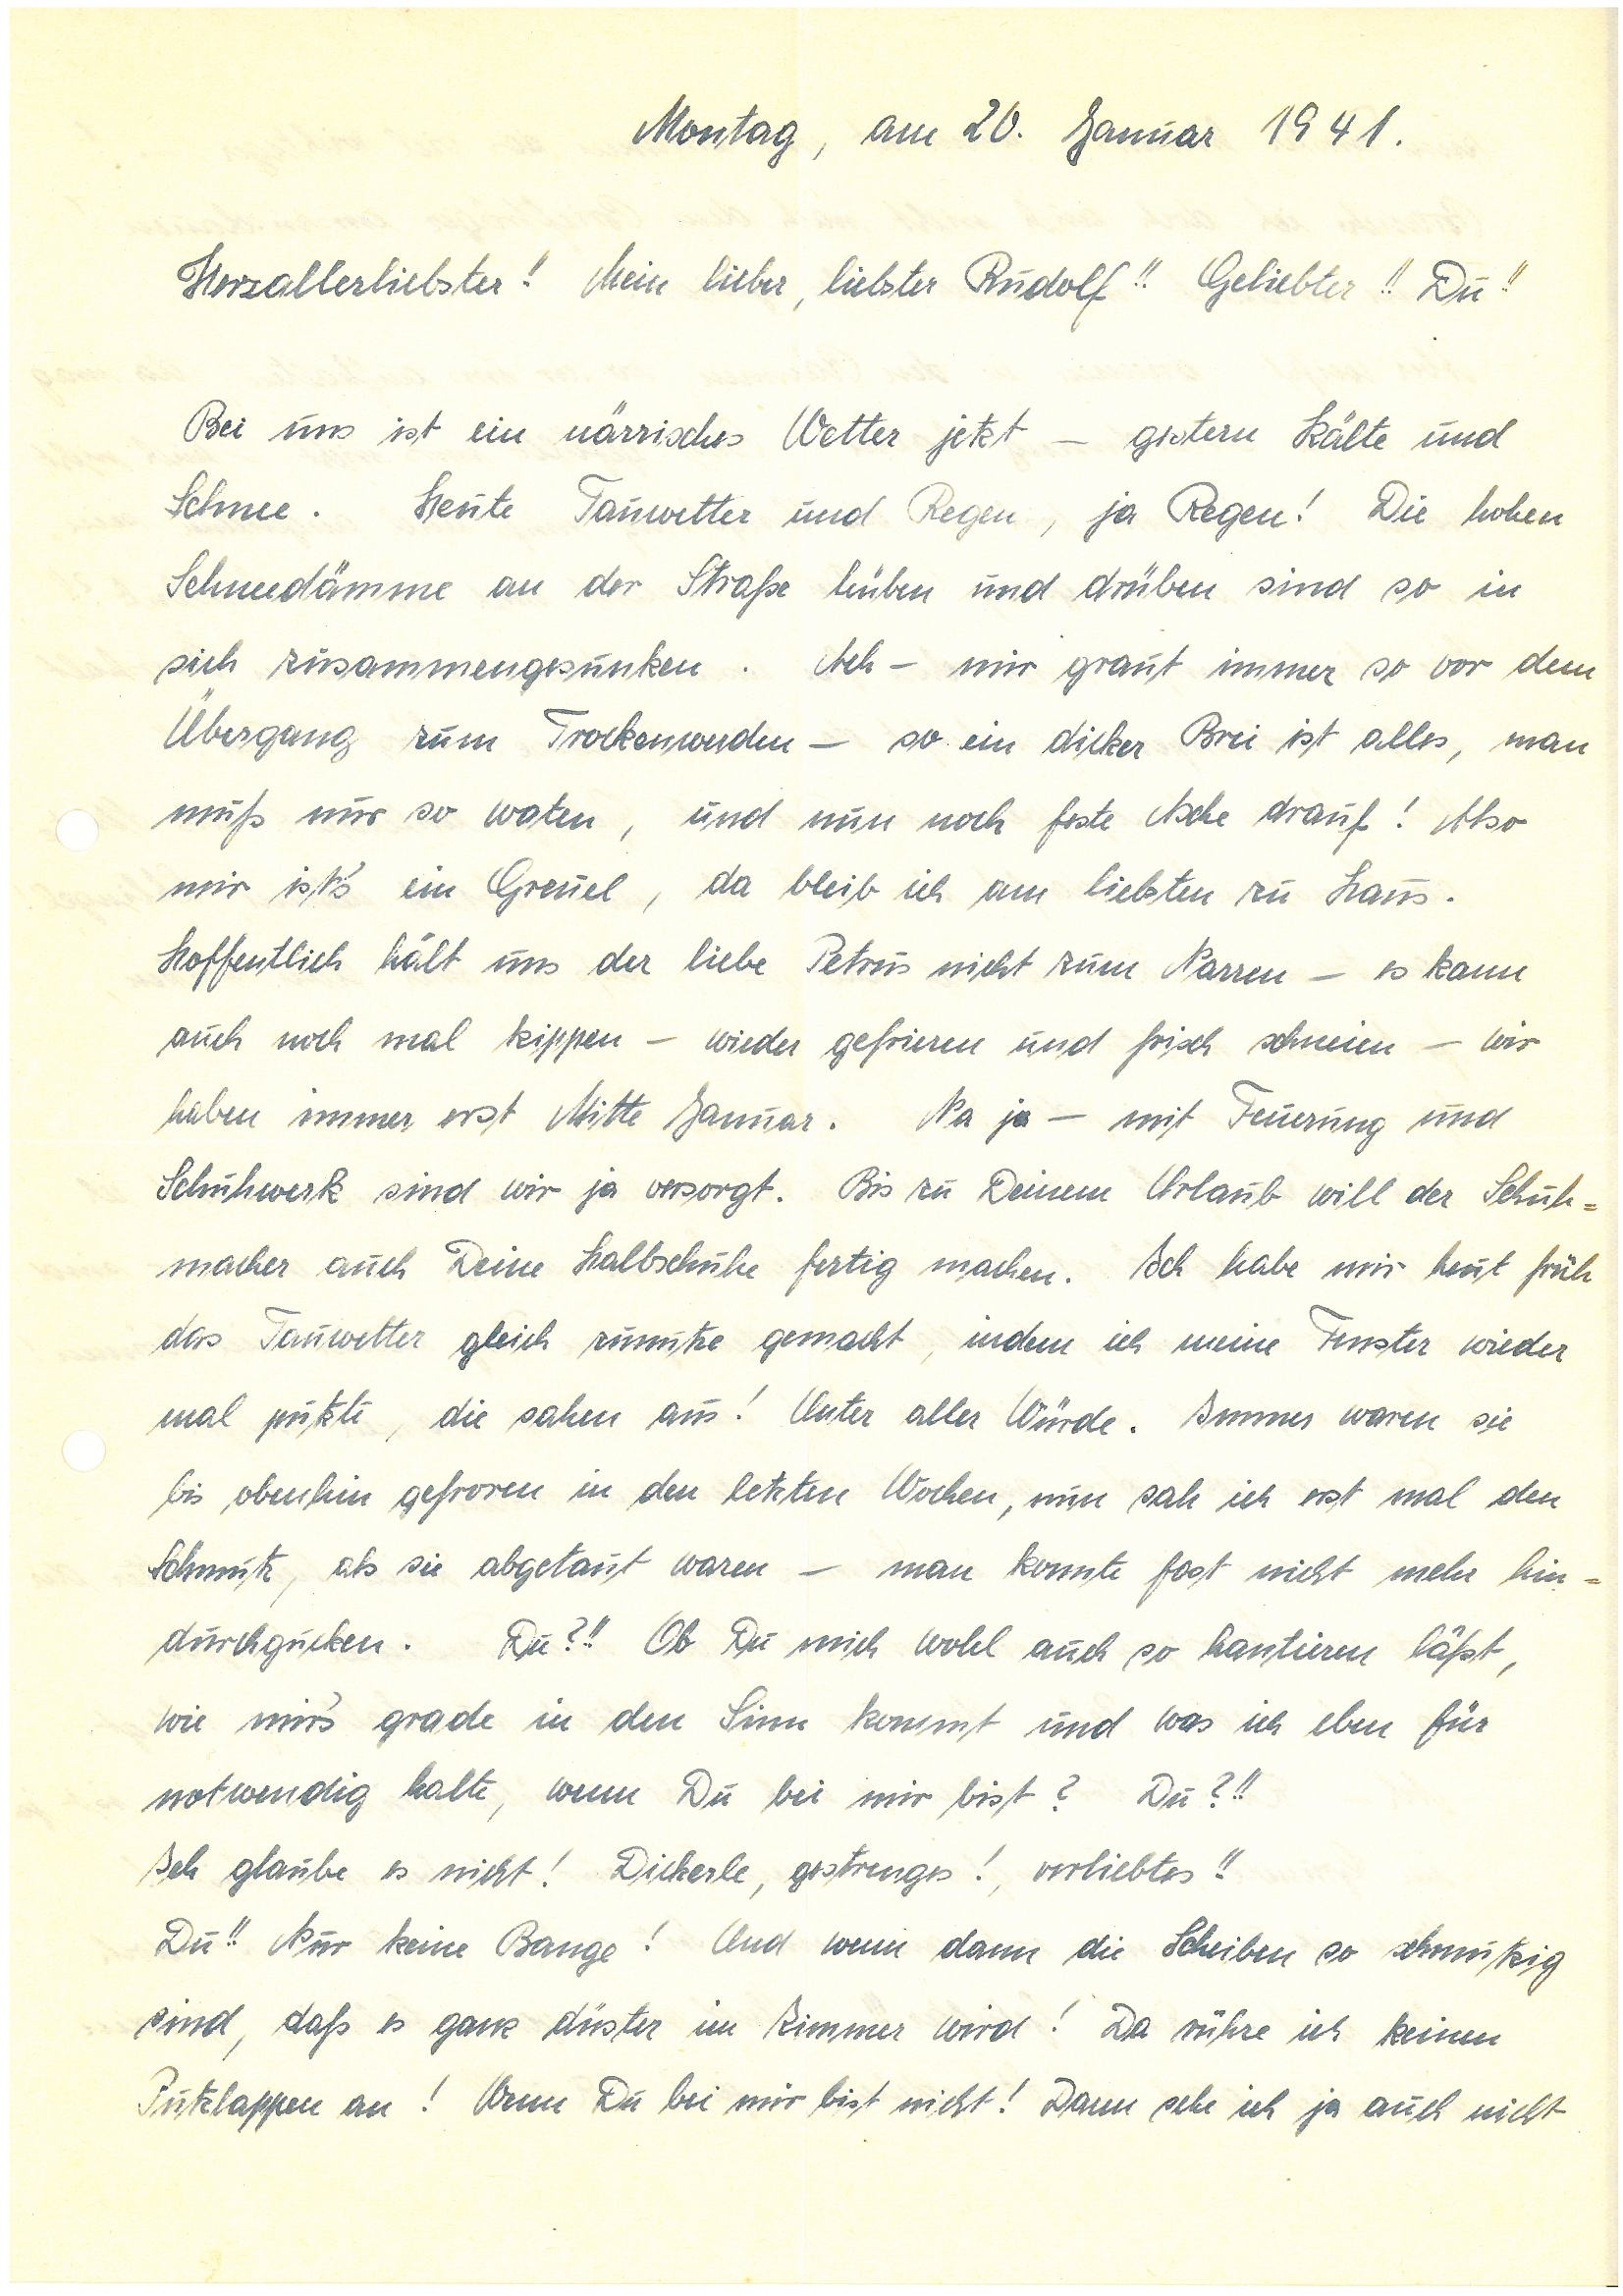
Montag, am 20. Januar 1941.
Herzallerliebster! Mein lieber, liebster!! Geliebter!! Du!!
Bei uns ist ein närrisches Wetter jetzt – gestern Kälte und
Schnee. Heute Tauwetter und Regen, ja Regen! Die hohen
Schneedämme an der Straße hüben und drüben sind so in
sich zusammengesunken. Ach – mir graut immer so vor dem
Übergang zum Trockenwerden – so ein dicker Brei ist alles, man
muß nur so warten, und nun noch feste Asche drauf! Also
mir ist’s ein Greuel, da bleib ich am liebsten zu Haus.
Hoffentlich hält uns der liebe Petrus nicht zum Narren – es kann
auch nochmal kippen – wieder gefrieren und frisch schneien – wir
haben immer erst Mitte Januar. Na ja – mit Feuerung und
Schuhwerk sind wir ja versorgt. Bis zu Deinem Urlaub will der Schuh¬
macher auch Deine Halbschuhe fertig machen. Ich habe mir heut früh
das Tauwetter gleich zunutze gemacht, indem ich meine Fenster wieder
mal putzte, die sahen aus! Unter aller Würde. Immer waren sie
bis obenhin gefroren in den letzten Wochen, nun sah ich erst mal den
Schmutz als sie abgetaut waren – man konnte fast nicht mehr hin¬
durchgucken. Du?!! Ob Du mich wohl auch so hantieren läßt,
wie mir’s grade in den Sinn kommt und was ich eben für
notwendig halte, wenn Du bei mir bist? Du?!!
Ich glaube es nicht! Dickerle, gestrenges! verliebtes!!
Du!! Nur keine Bange! Und wenn dann die Scheiben so schmutzig
sind, daß es ganz düster im Zimmer wird! Da rühre ich keinen
Putzlappen an! Wenn Du bei mir bist nicht! Dann sehe ich ja auch nicht